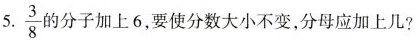
5. \frac{3}{8} 的分子加上6，要使分数大小不变，分母应加上几?